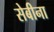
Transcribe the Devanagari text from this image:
सेबीना